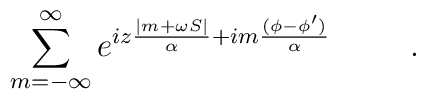
\sum_{m=-\infty }^\infty e^{iz\frac{|m+\omega S|}\alpha +im\frac{(\phi -\phi^{\prime })}\alpha } \hspace{1cm}.